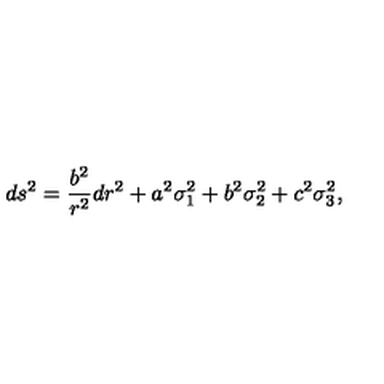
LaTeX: d s ^ { 2 } = { \frac { b ^ { 2 } } { r ^ { 2 } } } d r ^ { 2 } + a ^ { 2 } \sigma _ { 1 } ^ { 2 } + b ^ { 2 } \sigma _ { 2 } ^ { 2 } + c ^ { 2 } \sigma _ { 3 } ^ { 2 } ,